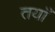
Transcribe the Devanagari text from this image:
तयाँ